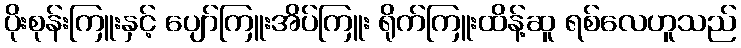
ပိုးစုန်းကြူးနှင့် ပျော်ကြူးအိပ်ကြူး ရိုက်ကြူးထိန့်ဆူ ရစ်လေဟူသည်